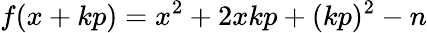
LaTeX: f(x+kp)=x^{2}+2xkp+(kp)^{2}-n